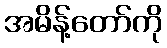
အမိန့်တော်ကို